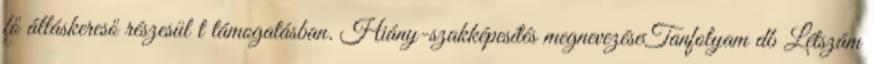
fő álláskereső részesül t támogatásban. Hiány-szakképesítés megnevezéseTanfolyam db Létszám